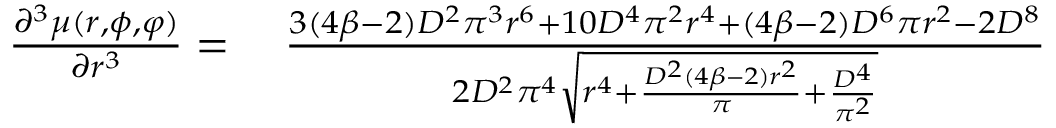
\begin{array} { r l } { \frac { \partial ^ { 3 } \mu ( r , \phi , \varphi ) } { \partial r ^ { 3 } } = } & { \; \frac { 3 ( 4 \beta - 2 ) D ^ { 2 } \pi ^ { 3 } r ^ { 6 } + 1 0 D ^ { 4 } \pi ^ { 2 } r ^ { 4 } + ( 4 \beta - 2 ) D ^ { 6 } \pi r ^ { 2 } - 2 D ^ { 8 } } { 2 D ^ { 2 } \pi ^ { 4 } \sqrt { r ^ { 4 } + \frac { D ^ { 2 } ( 4 \beta - 2 ) r ^ { 2 } } { { \pi } } + \frac { D ^ { 4 } } { { \pi } ^ { 2 } } } } } \end{array}